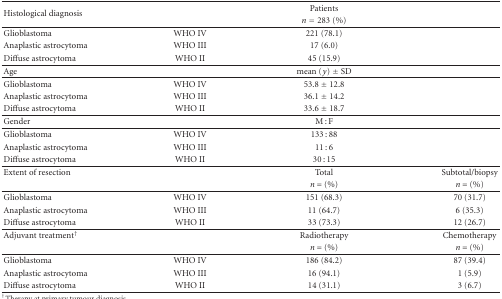
<table><thead><tr><td rowspan="2"><b>Histological diagnosis</b></td><td></td><td><b>Patients</b></td><td></td></tr><tr><td><b> </b></td><td><b><i>n</i> = 283 (%)</b></td><td><b> </b></td></tr></thead><tbody><tr><td>Glioblastoma</td><td>WHO IV</td><td>221 (78.1)</td><td></td></tr><tr><td>Anaplastic astrocytoma</td><td>WHO III</td><td>17 (6.0)</td><td> </td></tr><tr><td>Diffuse astrocytoma</td><td>WHO II</td><td>45 (15.9)</td><td> </td></tr><tr><td>Age</td><td> </td><td>mean (<i>y</i>) ± SD</td><td> </td></tr><tr><td>Glioblastoma</td><td>WHO IV</td><td>53.8 ± 12.8</td><td> </td></tr><tr><td>Anaplastic astrocytoma</td><td>WHO III</td><td>36.1 ± 14.2</td><td> </td></tr><tr><td>Diffuse astrocytoma</td><td>WHO II</td><td>33.6 ± 18.7</td><td> </td></tr><tr><td>Gender</td><td></td><td>M : F</td><td> </td></tr><tr><td>Glioblastoma</td><td>WHO IV</td><td>133 : 88</td><td> </td></tr><tr><td>Anaplastic astrocytoma</td><td>WHO III</td><td>11 : 6</td><td> </td></tr><tr><td>Diffuse astrocytoma</td><td>WHO II</td><td>30 : 15</td><td> </td></tr><tr><td>Extent of resection</td><td></td><td>Total</td><td>Subtotal/biopsy</td></tr><tr><td> </td><td> </td><td><i>n</i> = (%)</td><td><i>n</i> = (%)</td></tr><tr><td>Glioblastoma</td><td>WHO IV</td><td>151 (68.3)</td><td>70 (31.7)</td></tr><tr><td>Anaplastic astrocytoma</td><td>WHO III</td><td>11 (64.7)</td><td>6 (35.3)</td></tr><tr><td>Diffuse astrocytoma</td><td>WHO II</td><td>33 (73.3)</td><td>12 (26.7)</td></tr><tr><td>Adjuvant treatment<sup>†</sup></td><td></td><td>Radiotherapy</td><td>Chemotherapy</td></tr><tr><td> </td><td> </td><td><i>n</i> = (%)</td><td><i>n</i> = (%)</td></tr><tr><td>Glioblastoma</td><td>WHO IV</td><td>186 (84.2)</td><td>87 (39.4)</td></tr><tr><td>Anaplastic astrocytoma</td><td>WHO III</td><td>16 (94.1)</td><td>1 (5.9)</td></tr><tr><td>Diffuse astrocytoma</td><td>WHO II</td><td>14 (31.1)</td><td>3 (6.7)</td></tr></tbody></table>